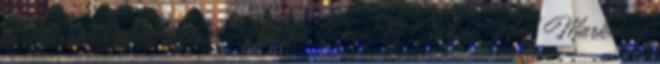
és differenciálódást biztosít. London School Of Design And Marketing